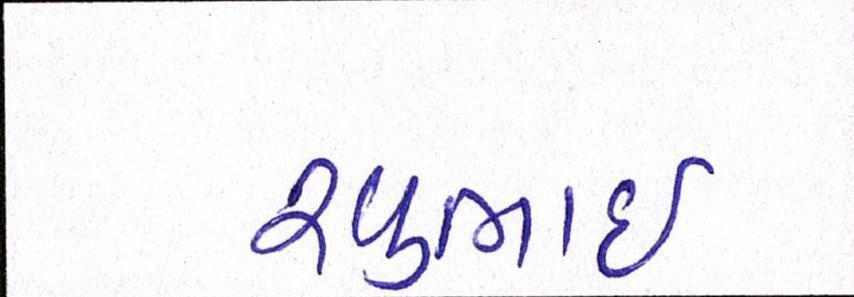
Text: રવુભાઇ